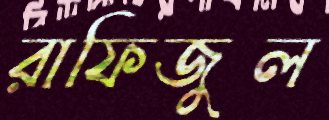
রাফিজুল